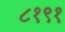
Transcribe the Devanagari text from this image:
८१९१